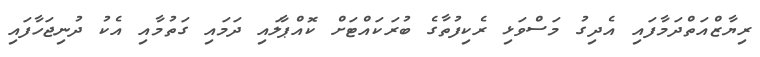
ރިޔާޒްއަތްދަމާފައި އެދިގު މަސްވަޅި ރެކިފުތާގެ ބުރަކައްޓަށް ކޮއްޕާލައި ދަމައި ގަތުމާއި އެކު ދުނިޖަހާފައި